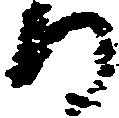
る